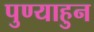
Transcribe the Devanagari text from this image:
पुण्याहुन